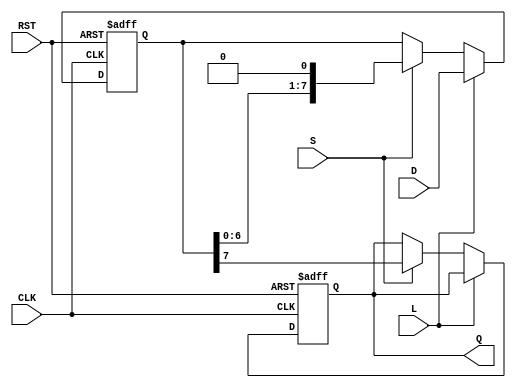
module PISO_Register #(
    parameter N = 8  // Number of bits in the register
)(
    input wire [N-1:0] D,    // Parallel data input
    input wire L,             // Load control signal
    input wire S,             // Shift control signal
    input wire CLK,           // Clock signal
    input wire RST,           // Asynchronous reset
    output reg Q              // Serial output
);

    reg [N-1:0] shift_reg;    // Shift register to hold the data

    always @(posedge CLK or posedge RST) begin
        if (RST) begin
            shift_reg <= {N{1'b0}}; // Initialize the register to 0 on reset
            Q <= 1'b0;              // Initialize output to 0
        end else begin
            if (L) begin
                // Load data into the shift register
                shift_reg <= D;
            end else if (S) begin
                // Shift operation
                Q <= shift_reg[N-1]; // Output the MSB
                shift_reg <= {shift_reg[N-2:0], 1'b0}; // Shift left
            end
        end
    end

endmodule